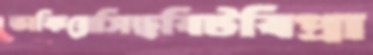
তাকিয়েসিছবিটবিপ্রা